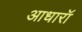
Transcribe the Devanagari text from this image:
आधारॉ